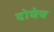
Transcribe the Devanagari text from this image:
दोघेच